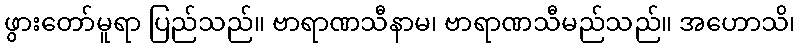
ဖွားတော်မူရာ ပြည်သည်။ ဗာရာဏသီနာမ၊ ဗာရာဏသီမည်သည်။ အဟောသိ၊